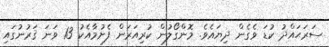
ސަރަޙައްދު ކުޑަ ވެގެން ދިޔައެވެ. މޮންގޯލުން ކުރިއަރަން ފެށުމާއެކު 13 ވަނަ ޤަރުނުގައި